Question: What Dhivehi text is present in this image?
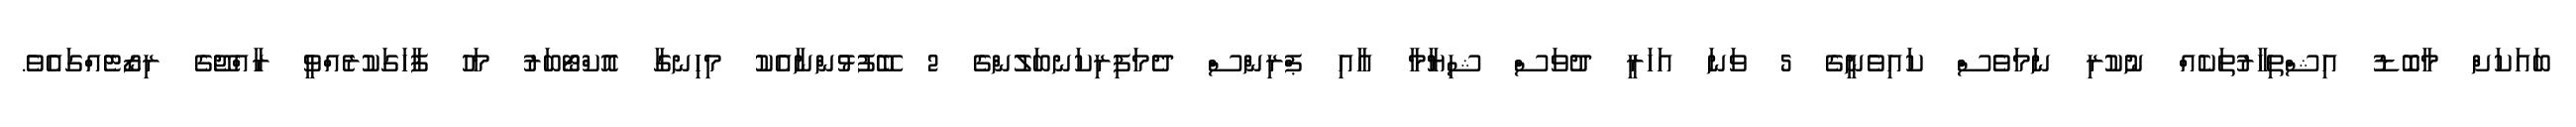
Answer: ބައަކަށް މާބޮޑު އިޝްތިހާރުތަކެއް ނުކުރި ނަމަވެސް ކައިވެނީގެ 5 ވަނަ އަހަރީ ދުވަސް ޝިޔާމާ އާއި ޕްރިންސް ދެމަފިރިކަނބަލުންގެ 2 ބޭފުޅުންނާއެކު މިހިނގާ އޮކްޓޯބަރު މަހު ފާހަގަކުރެއްވީ ރާއްޖޭގެ ރިޒޯޓެއްގައެވެ.